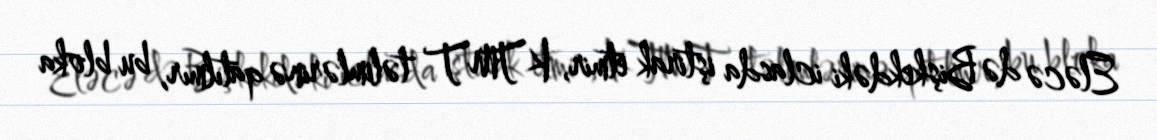
Eləcə də Bişkekdəki iclasda iştirak etmir, KTMT təlimlərinə qatılmır, bu bloka